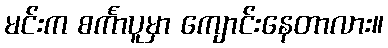
မင်းက စင်္ကာပူမှာ ကျောင်းနေတာလား။